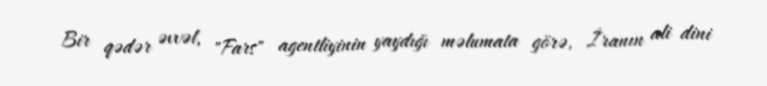
Bir qədər əvvəl, "Fars" agentliyinin yaydığı məlumata görə, İranın ali dini